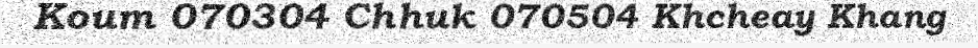
Koum 070304 Chhuk 070504 Khcheay Khang